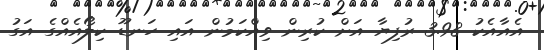
އެއާއެކު 3.98 ރުފިޔާ އަށް ކުރިން ވިއްކަމުން އައި ހަނޑޫ ކިލޯއެއްގެ އަގު